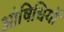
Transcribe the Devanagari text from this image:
ओषिधियों